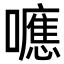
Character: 𭌃